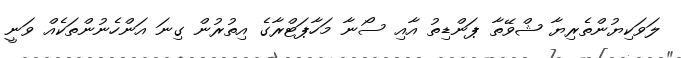
ލަވަކިޔުންތެރިޔާ ޝްވޭތާ ޕަންޑިތު އާއި ސޯނާ މަހާޕަޓްރާގެ އިތުރުން ގިނަ އަންހެނުންތަކެއް ވަނީ